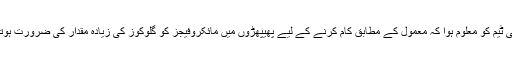
تحقیقاتی ٹیم کو معلوم ہوا کہ معمول کے مطابق کام کرنے کے لیے پھیپھڑوں میں مائکروفیجز کو گلوکوز کی زیادہ مقدار کی ضرورت ہوتی ہے۔